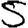
Digit: 5